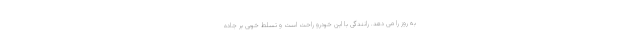
به روز را می دهد. رانندگی با این خودرو راحت است و تسلط خوبی بر جاده